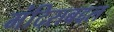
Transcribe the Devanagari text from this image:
मंदिराबद्दल